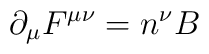
{\partial}_{\mu}F^{{\mu}{\nu}}=n^{\nu}B